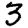
Digit: 3